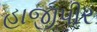
હાજીપીર